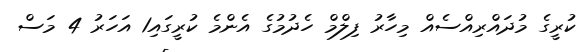
ކުރީގެ މުދައްރިއްސެއް މިހާރު ފިލްމް ހެދުމުގެ އެންމެ ކުރީގައި1 އަހަރު 4 މަސް